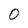
Character: 0